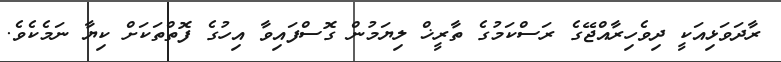
ރާދަވަޅިއަކީ ދިވެހިރާއްޖޭގެ ރަސްކަމުގެ ތާރީޚް ލިޔަމުން ގޮސްފައިވާ އިހުގެ ފޮތްތަކަށް ކިޔާ ނަމެކެވެ.